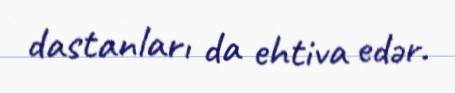
dastanları da ehtiva edər.